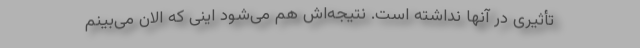
تأثیری در آنها نداشته است. نتیجه‌اش هم می‌شود اینی که الان می‌بینم